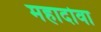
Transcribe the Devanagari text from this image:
महादोवा